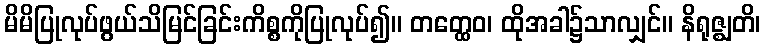
မိမိပြုလုပ်ဖွယ်သိမြင်ခြင်းကိစ္စကိုပြုလုပ်၍။ တတ္ထေဝ၊ ထိုအခါ၌သာလျှင်။ နိရုဇ္ဈတိ၊